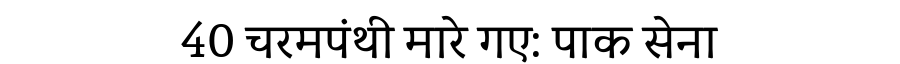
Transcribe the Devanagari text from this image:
40 चरमपंथी मारे गए: पाक सेना